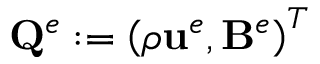
\mathbf { Q } ^ { e } : = \left( \rho \mathbf { { u } } ^ { e } , \mathbf { B } ^ { e } \right) ^ { T }